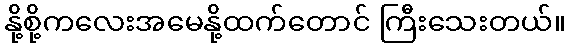
နို့စို့ကလေးအမေနို့ထက်တောင် ကြီးသေးတယ်။